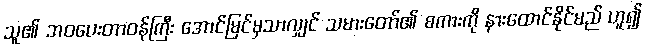
သူ၏ ဘဝပေးတာဝန်ကြီး အောင်မြင်မှသာလျှင် သမားတော်၏ စကားကို နားထောင်နိုင်မည် ဟူ၍